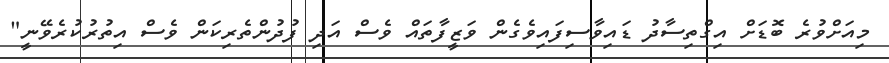
މިއަށްވުރެ ބޮޑަށް އިގްތިސާދު ޑައިވާސިފައިވެގެން ވަޒީފާތައް ވެސް އަދި ފުދުންތެރިކަން ވެސް އިތުރުކުރެވޭނީ"